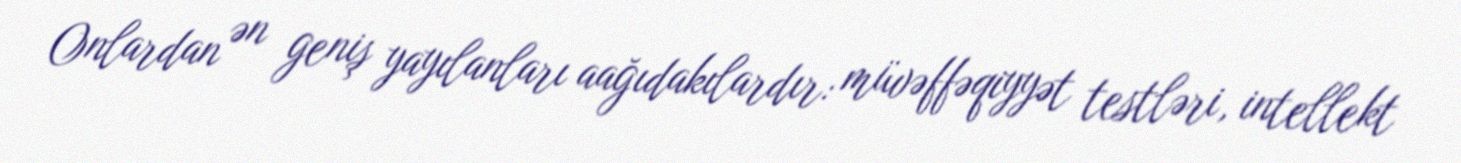
Onlardan ən geniş yayılanları aağıdakılardır: müvəffəqiyyət testləri, intellekt